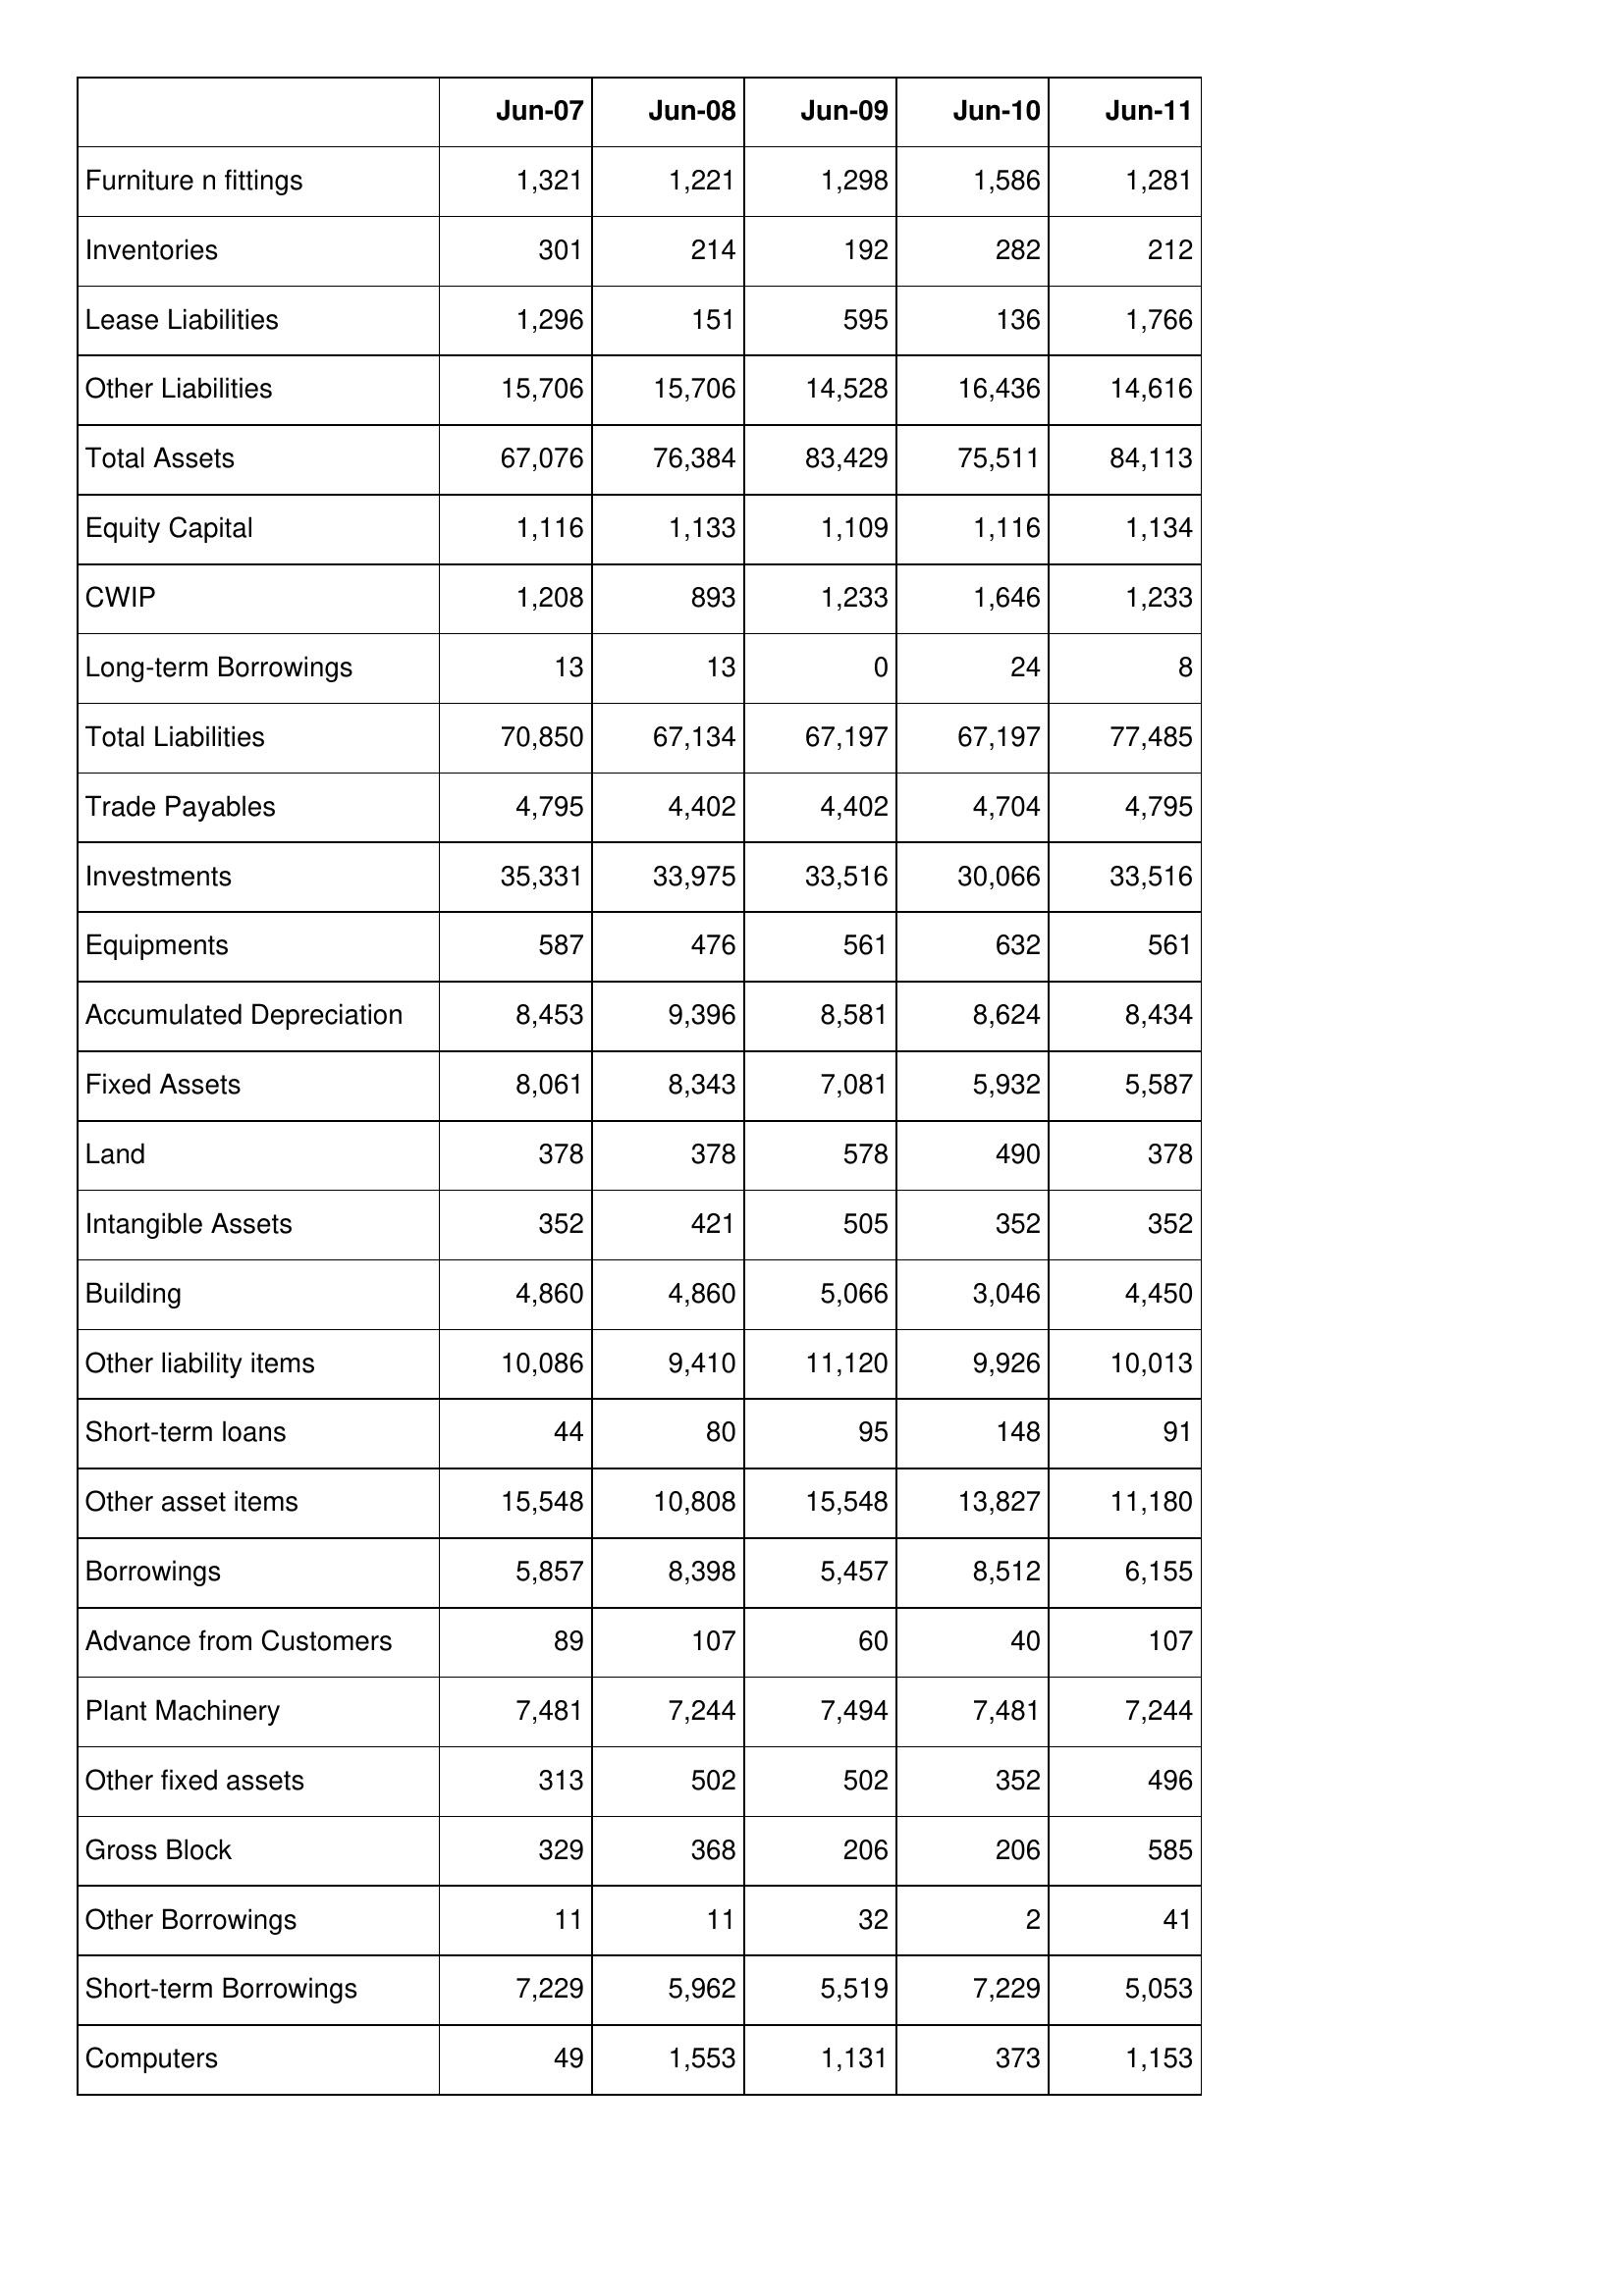
Jun-07: Balance Sheet: Furniture n fittings: 1,321
Inventories: 301
Lease Liabilities: 1,296
Other Liabilities: 15,706
Total Assets: 67,076
Equity Capital: 1,116
CWIP: 1,208
Long-term Borrowings: 13
Total Liabilities: 70,850
Trade Payables: 4,795
Investments: 35,331
Equipments: 587
Accumulated Depreciation: 8,453
Fixed Assets: 8,061
Land: 378
Intangible Assets: 352
Building: 4,860
Other liability items: 10,086
Short-term loans: 44
Other asset items: 15,548
Borrowings: 5,857
Advance from Customers: 89
Plant Machinery: 7,481
Other fixed assets: 313
Gross Block: 329
Other Borrowings: 11
Short-term Borrowings: 7,229
Computers: 49
Jun-08: Balance Sheet: Furniture n fittings: 1,221
Inventories: 214
Lease Liabilities: 151
Other Liabilities: 15,706
Total Assets: 76,384
Equity Capital: 1,133
CWIP: 893
Long-term Borrowings: 13
Total Liabilities: 67,134
Trade Payables: 4,402
Investments: 33,975
Equipments: 476
Accumulated Depreciation: 9,396
Fixed Assets: 8,343
Land: 378
Intangible Assets: 421
Building: 4,860
Other liability items: 9,410
Short-term loans: 80
Other asset items: 10,808
Borrowings: 8,398
Advance from Customers: 107
Plant Machinery: 7,244
Other fixed assets: 502
Gross Block: 368
Other Borrowings: 11
Short-term Borrowings: 5,962
Computers: 1,553
Jun-09: Balance Sheet: Furniture n fittings: 1,298
Inventories: 192
Lease Liabilities: 595
Other Liabilities: 14,528
Total Assets: 83,429
Equity Capital: 1,109
CWIP: 1,233
Long-term Borrowings: 0
Total Liabilities: 67,197
Trade Payables: 4,402
Investments: 33,516
Equipments: 561
Accumulated Depreciation: 8,581
Fixed Assets: 7,081
Land: 578
Intangible Assets: 505
Building: 5,066
Other liability items: 11,120
Short-term loans: 95
Other asset items: 15,548
Borrowings: 5,457
Advance from Customers: 60
Plant Machinery: 7,494
Other fixed assets: 502
Gross Block: 206
Other Borrowings: 32
Short-term Borrowings: 5,519
Computers: 1,131
Jun-10: Balance Sheet: Furniture n fittings: 1,586
Inventories: 282
Lease Liabilities: 136
Other Liabilities: 16,436
Total Assets: 75,511
Equity Capital: 1,116
CWIP: 1,646
Long-term Borrowings: 24
Total Liabilities: 67,197
Trade Payables: 4,704
Investments: 30,066
Equipments: 632
Accumulated Depreciation: 8,624
Fixed Assets: 5,932
Land: 490
Intangible Assets: 352
Building: 3,046
Other liability items: 9,926
Short-term loans: 148
Other asset items: 13,827
Borrowings: 8,512
Advance from Customers: 40
Plant Machinery: 7,481
Other fixed assets: 352
Gross Block: 206
Other Borrowings: 2
Short-term Borrowings: 7,229
Computers: 373
Jun-11: Balance Sheet: Furniture n fittings: 1,281
Inventories: 212
Lease Liabilities: 1,766
Other Liabilities: 14,616
Total Assets: 84,113
Equity Capital: 1,134
CWIP: 1,233
Long-term Borrowings: 8
Total Liabilities: 77,485
Trade Payables: 4,795
Investments: 33,516
Equipments: 561
Accumulated Depreciation: 8,434
Fixed Assets: 5,587
Land: 378
Intangible Assets: 352
Building: 4,450
Other liability items: 10,013
Short-term loans: 91
Other asset items: 11,180
Borrowings: 6,155
Advance from Customers: 107
Plant Machinery: 7,244
Other fixed assets: 496
Gross Block: 585
Other Borrowings: 41
Short-term Borrowings: 5,053
Computers: 1,153